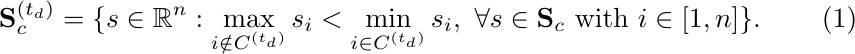
\begin{equation}
\label{eq:consensus_sampling}
    \mathbf{S}_{c}^{(t_{d})} = \{s \in \mathbb{R}^{n} : \max_{i \notin C^{(t_{d})}} s_{i} < \min_{i \in C^{(t_{d})}} s_{i},\ \forall s \in \mathbf{S}_{c} \mbox{ with } i \in [1, n]\}.
\end{equation}